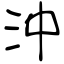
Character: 沖